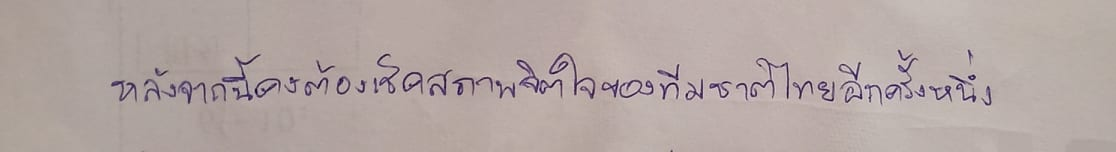
หลังจากนี้คงต้องเช็คสภาพจิตใจของทีมชาติไทยอีกครั้งหนึ่ง